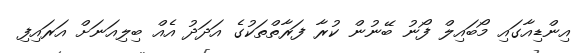
އިންޑިއާގައި މޯބައިލް ފޯނު ބޭނުން ކުރާ ފަރާތްތަކުގެ އަދަދު އެއް ބިލިއަނަށް އަރައިފި